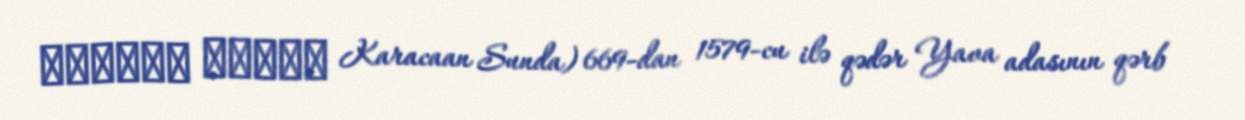
ᮊᮛᮏᮃᮔ᮪ ᮞᮥᮔ᮪ᮓ Karacaan Sunda) 669-dan 1579-cu ilə qədər Yava adasının qərb